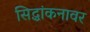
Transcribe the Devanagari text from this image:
सिद्धांकनावर